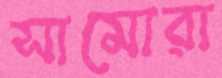
সামোরা